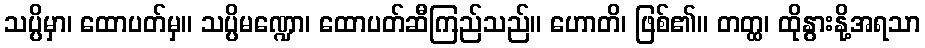
သပ္ပိမှာ၊ ထောပတ်မှ။ သပ္ပိမဏ္ဍော၊ ထောပတ်ဆီကြည်သည်။ ဟောတိ၊ ဖြစ်၏။ တတ္ထ၊ ထိုနွားနို့အရသာ